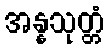
အန္နသုတ္တံ